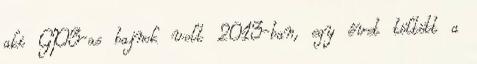
aki GP3-as bajnok volt 2013-ban, egy évet töltött a